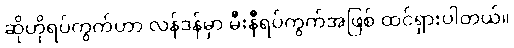
ဆိုဟိုရပ်ကွက်ဟာ လန်ဒန်မှာ မီးနီရပ်ကွက်အဖြစ် ထင်ရှားပါတယ်။